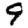
Digit: 9